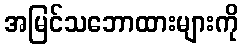
အမြင်သဘောထားများကို